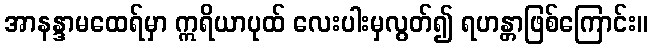
အာနန္ဒာမထေရ်မှာ ဣရိယာပုထ် လေးပါးမှလွတ်၍ ရဟန္တာဖြစ်ကြောင်း။